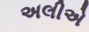
અલીએ